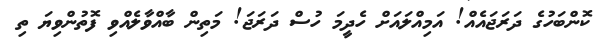
ކޮންބަހުގެ ދަރަޖައެއް! އަމިއްލައަށް ހެދީމަ ހުސް ދަރަޖަ! މަތިން ބާއްވާލެއްވި ފޮތުންވިޔަ ތި